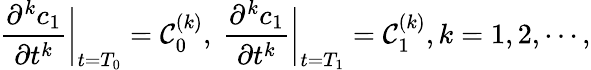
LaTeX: \frac{\partial^{k}c_{1}}{\partial t^{k}}\bigg|_{t=T_{0}}=\mathcal{C}_{0}^{(k)},\ \frac{\partial^{k}c_{1}}{\partial t^{k}}\bigg|_{t=T_{1}}=\mathcal{C}_{1}^{(k)},k=1,2,\cdots,